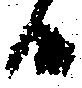
候